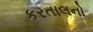
કરતાલનો